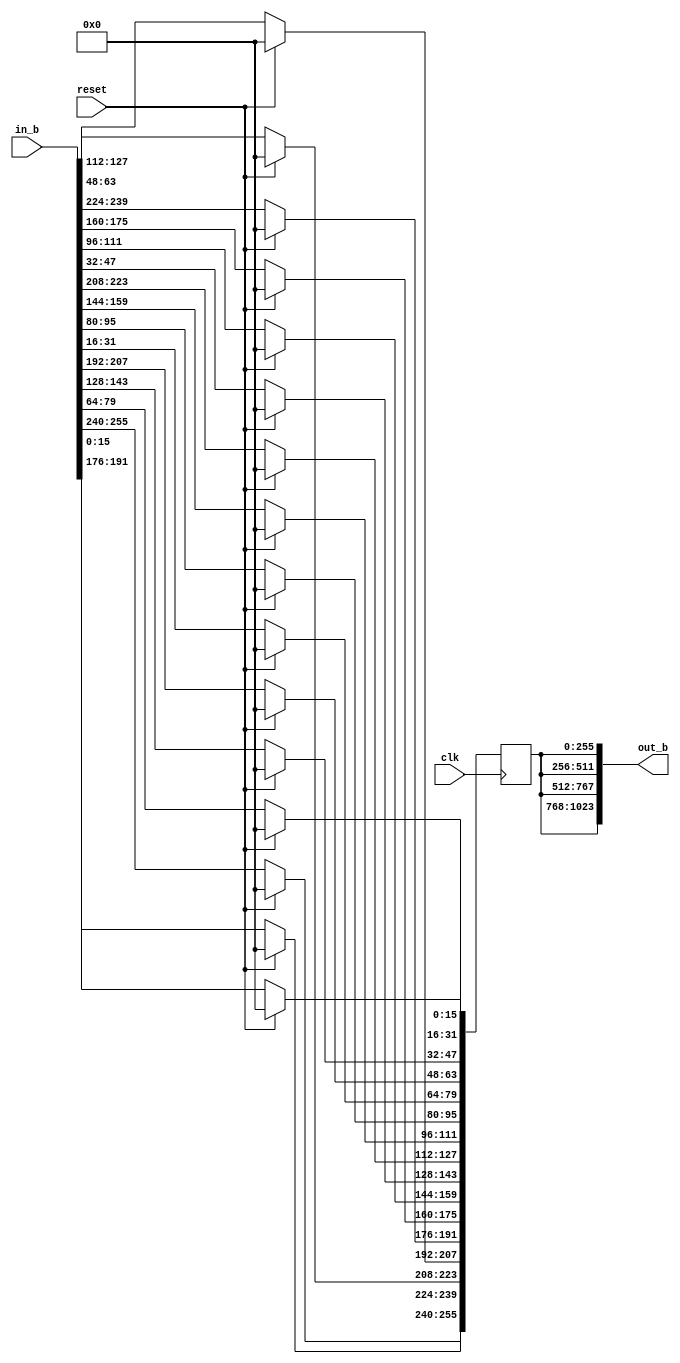
`timescale 1ns / 1ps

module tc_B_DN #(
    parameter NUM_TILE = 16,
    parameter STEP = 4,
    parameter DW_DATA = 16,
    parameter N_PE = 4
) (
    input clk,
    input reset,
    input [NUM_TILE*DW_DATA-1:0] in_b,
    output [N_PE*NUM_TILE*DW_DATA-1:0] out_b
);

    integer i, j;

    reg [NUM_TILE*DW_DATA-1:0] reg_in_b;
    always @(posedge clk) begin
        if (reset) reg_in_b <= 0;
        else begin
            for (i=0; i<4; i=i+1) begin
                for (j=0; j<4; j=j+1) begin
                    reg_in_b[(i*4+j)*DW_DATA +:DW_DATA] <= in_b[(j*4+i)*DW_DATA +:DW_DATA];
                end
            end
        end
    end

    genvar gi;
    generate
        for (gi=0; gi<4; gi=gi+1) begin
            assign out_b[gi*16*DW_DATA +:16*DW_DATA] = reg_in_b;
        end
    endgenerate

endmodule